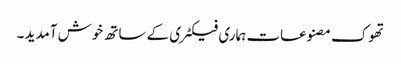
تھوک مصنوعات ہماری فیکٹری کے ساتھ خوش آمدید ۔